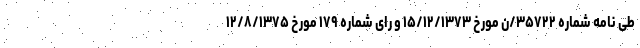
طی نامه شماره ۳۵۷۲۲/ن مورخ ۱۵/۱۲/۱۳۷۳ و رای شماره ۱۷۹ مورخ ۱۲/۸/۱۳۷۵